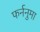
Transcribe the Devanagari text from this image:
फर्ननुमा